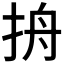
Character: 𰓞